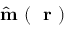
\hat { \mathrm { ~ \bf ~ m ~ } } ( \mathrm { ~ \bf ~ r ~ } )